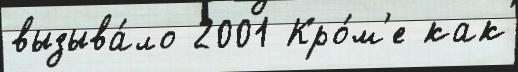
вызыва́ло 2001 Кро́м'е как